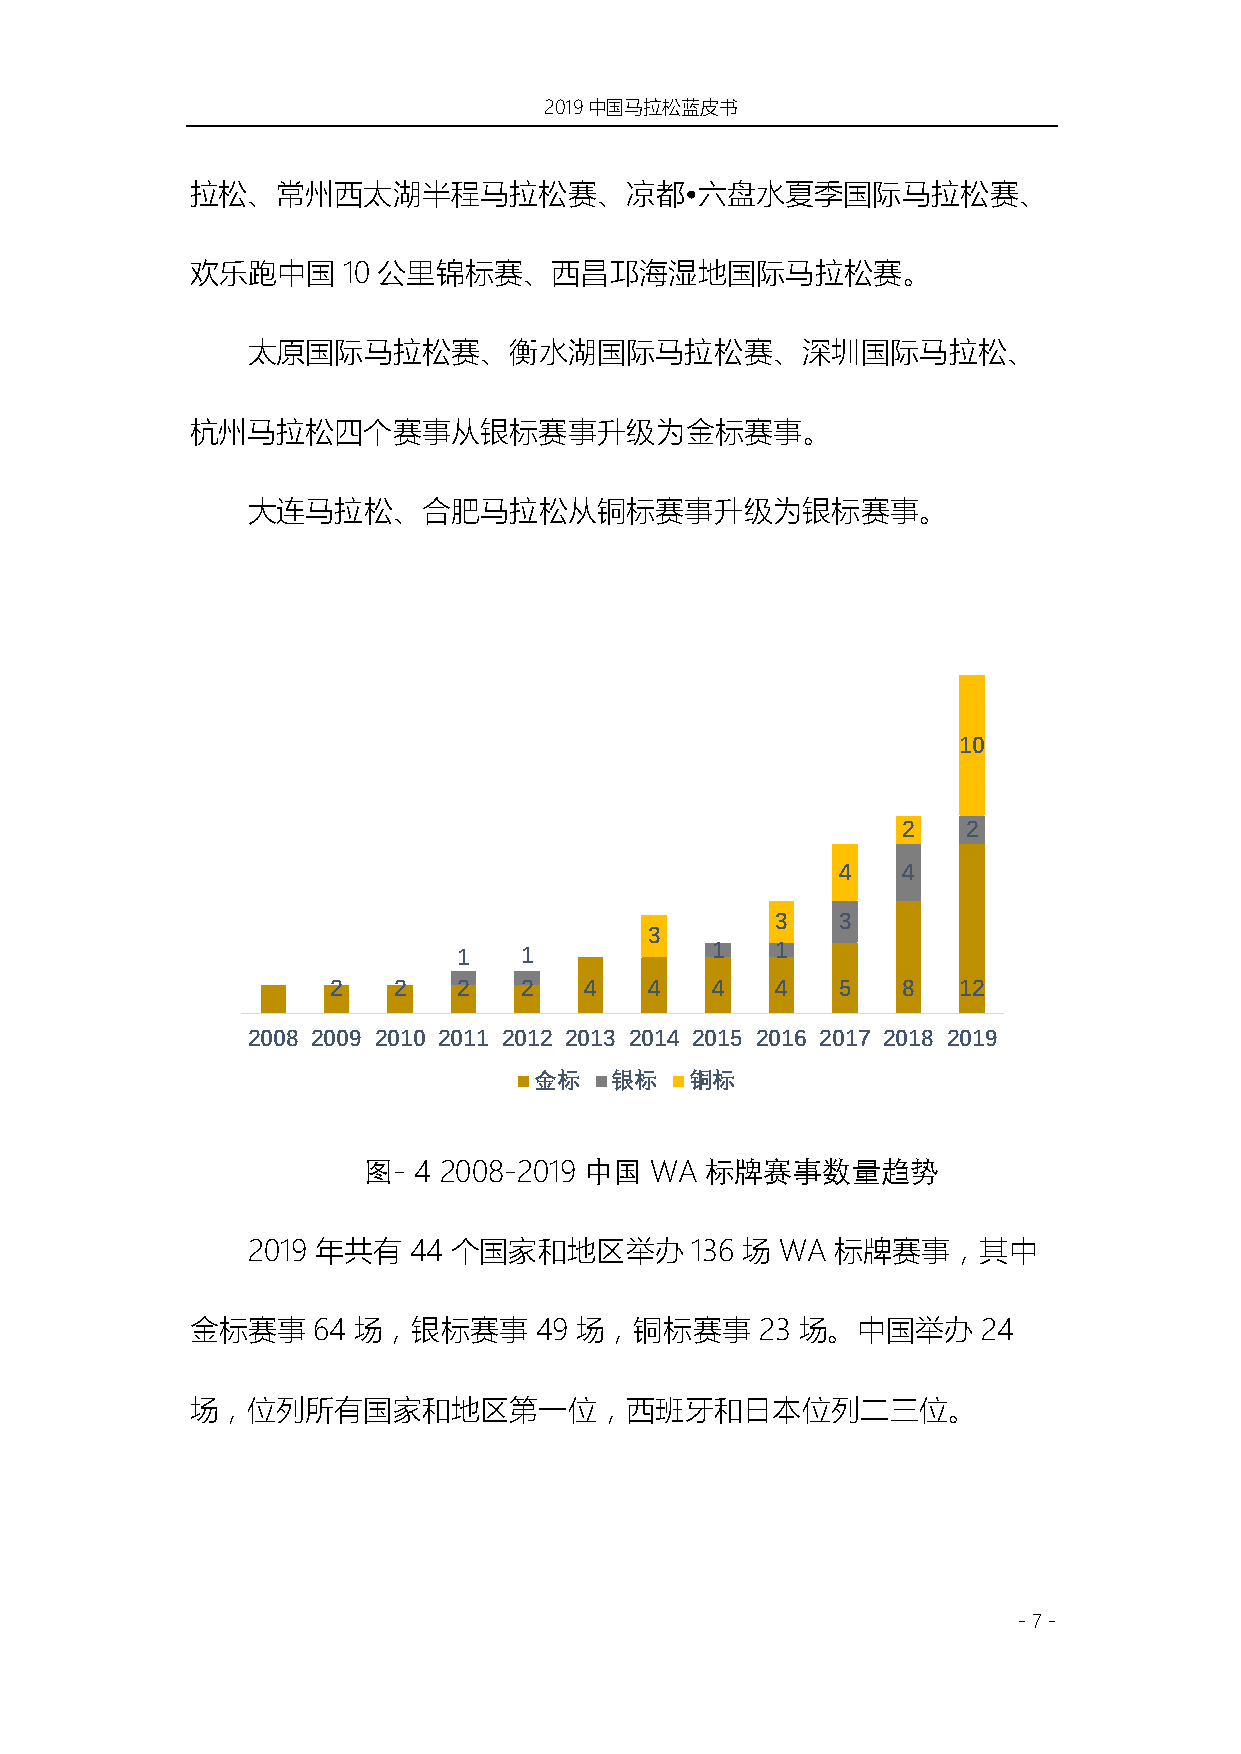
2019中国马拉松蓝皮书
 拉松、常州西太湖半程马拉松赛、凉都•六盘水夏季国际马拉松赛、
 欢乐跑中国     10 公里锦标赛、西昌邛海湿地国际马拉松赛。
 太原国际马拉松赛、衡水湖国际马拉松赛、深圳国际马拉松、
 杭州马拉松四个赛事从银标赛事升级为金标赛事。
 大连马拉松、合肥马拉松从铜标赛事升级为银标赛事。
 10
 2   2
 4    4
 3   3
 3
 1   1            1   1
 2   2   2   2    4   4   4   4   5    8  12
 2008 2009 2010 2011 2012 2013 2014 2015 2016 2017 2018 2019
 金标   银标    铜标
 图- 4 2008-2019 中国  WA  标牌赛事数量趋势
 2019 年共有   44 个国家和地区举办        136 场 WA 标牌赛事，其中
 金标赛事    64 场，银标赛事     49 场，铜标赛事      23 场。中国举办      24
 场，位列所有国家和地区第一位，西班牙和日本位列二三位。
 - 7 -